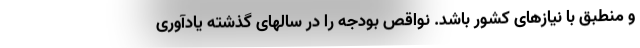
و منطبق با نیازهای کشور باشد. نواقص بودجه را در سالهای گذشته یادآوری